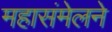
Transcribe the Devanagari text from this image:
महासंमेलने